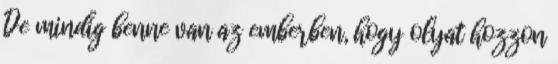
De mindig benne van az emberben, hogy olyat hozzon